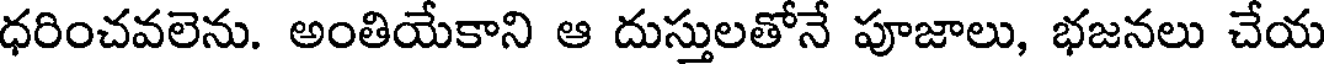
ధరించవలెను. అంతియేకాని ఆ దుస్తులతోనే పూజాలు, భజనలు చేయ